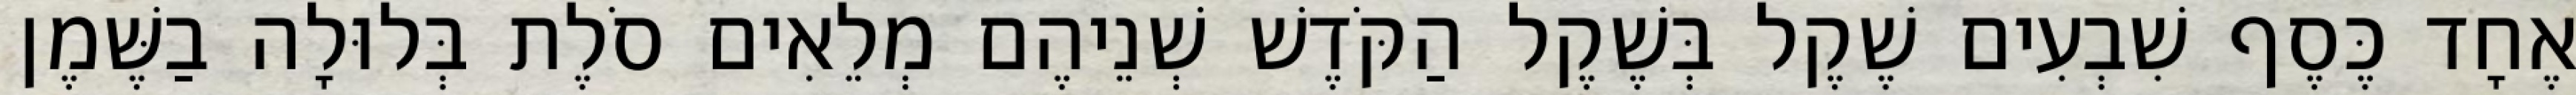
אֶחָד כֶּסֶף שִׁבְעִים שֶׁקֶל בְּשֶׁקֶל הַקֹּדֶשׁ שְׁנֵיהֶם מְלֵאִים סֹלֶת בְּלוּלָה בַשֶּׁמֶן